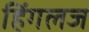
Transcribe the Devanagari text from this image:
हिंगलज